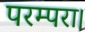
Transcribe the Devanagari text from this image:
परम्परा।